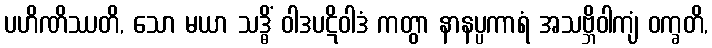
ပဟိဏိဿတိ, သော မယာ သဒ္ဓိံ ဝါဒပဋိဝါဒံ ကတွာ နာနပ္ပကာရံ အသဗ္ဘိဝါကျံ ဝက္ခတိ,